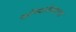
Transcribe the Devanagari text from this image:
कॉम्पलेक्सचा